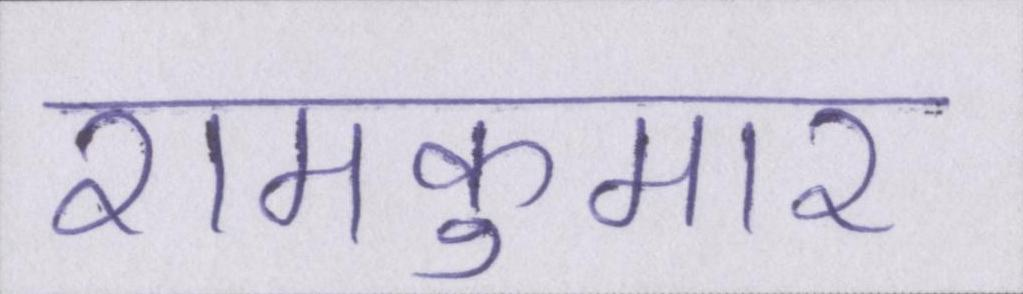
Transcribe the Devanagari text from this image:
रामकुमार